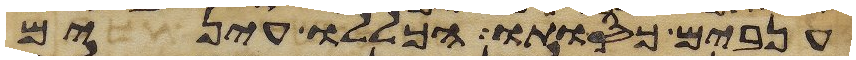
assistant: ענבים כסותו חכלילו עינים